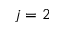
j = 2